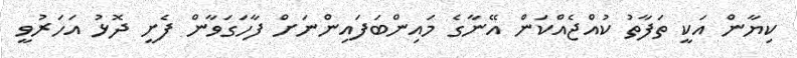
ކިޔާން އަކީ ތަފާތު ކުއްޖެއްކަން އޭނާގެ މައިންބަފައިންނަށް ފާހަގަވާން ފެށީ ދޮޅު އަހަރުވީ